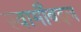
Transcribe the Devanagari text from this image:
स्वामीँबद्दल